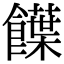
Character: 䭟